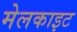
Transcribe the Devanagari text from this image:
मेलकाइट